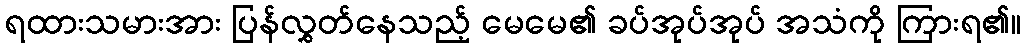
ရထားသမားအား ပြန်လွှတ်နေသည့် မေမေ၏ ခပ်အုပ်အုပ် အသံကို ကြားရ၏။